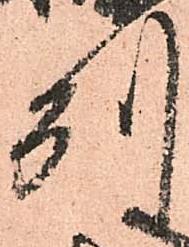
州